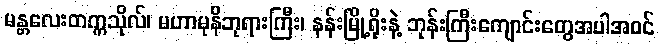
မန္တလေးတက္ကသိုလ်၊ မဟာမုနိဘုရားကြီး၊ နန်းမြို့ရိုးနဲ့ ဘုန်းကြီးကျောင်းတွေအပါအဝင်